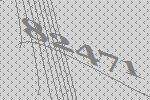
82471